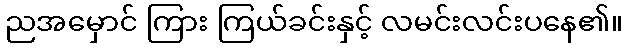
ညအမှောင် ကြား ကြယ်ခင်းနှင့် လမင်းလင်းပနေ၏။